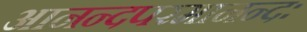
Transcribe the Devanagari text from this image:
आनन्दपरमानन्दः